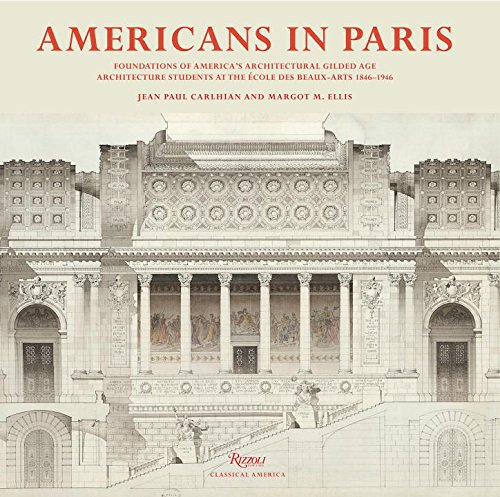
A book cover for Americans in Paris: Foundations of America's Architectural Gilded Age; Jean Paul Carlhian; Arts & Photography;